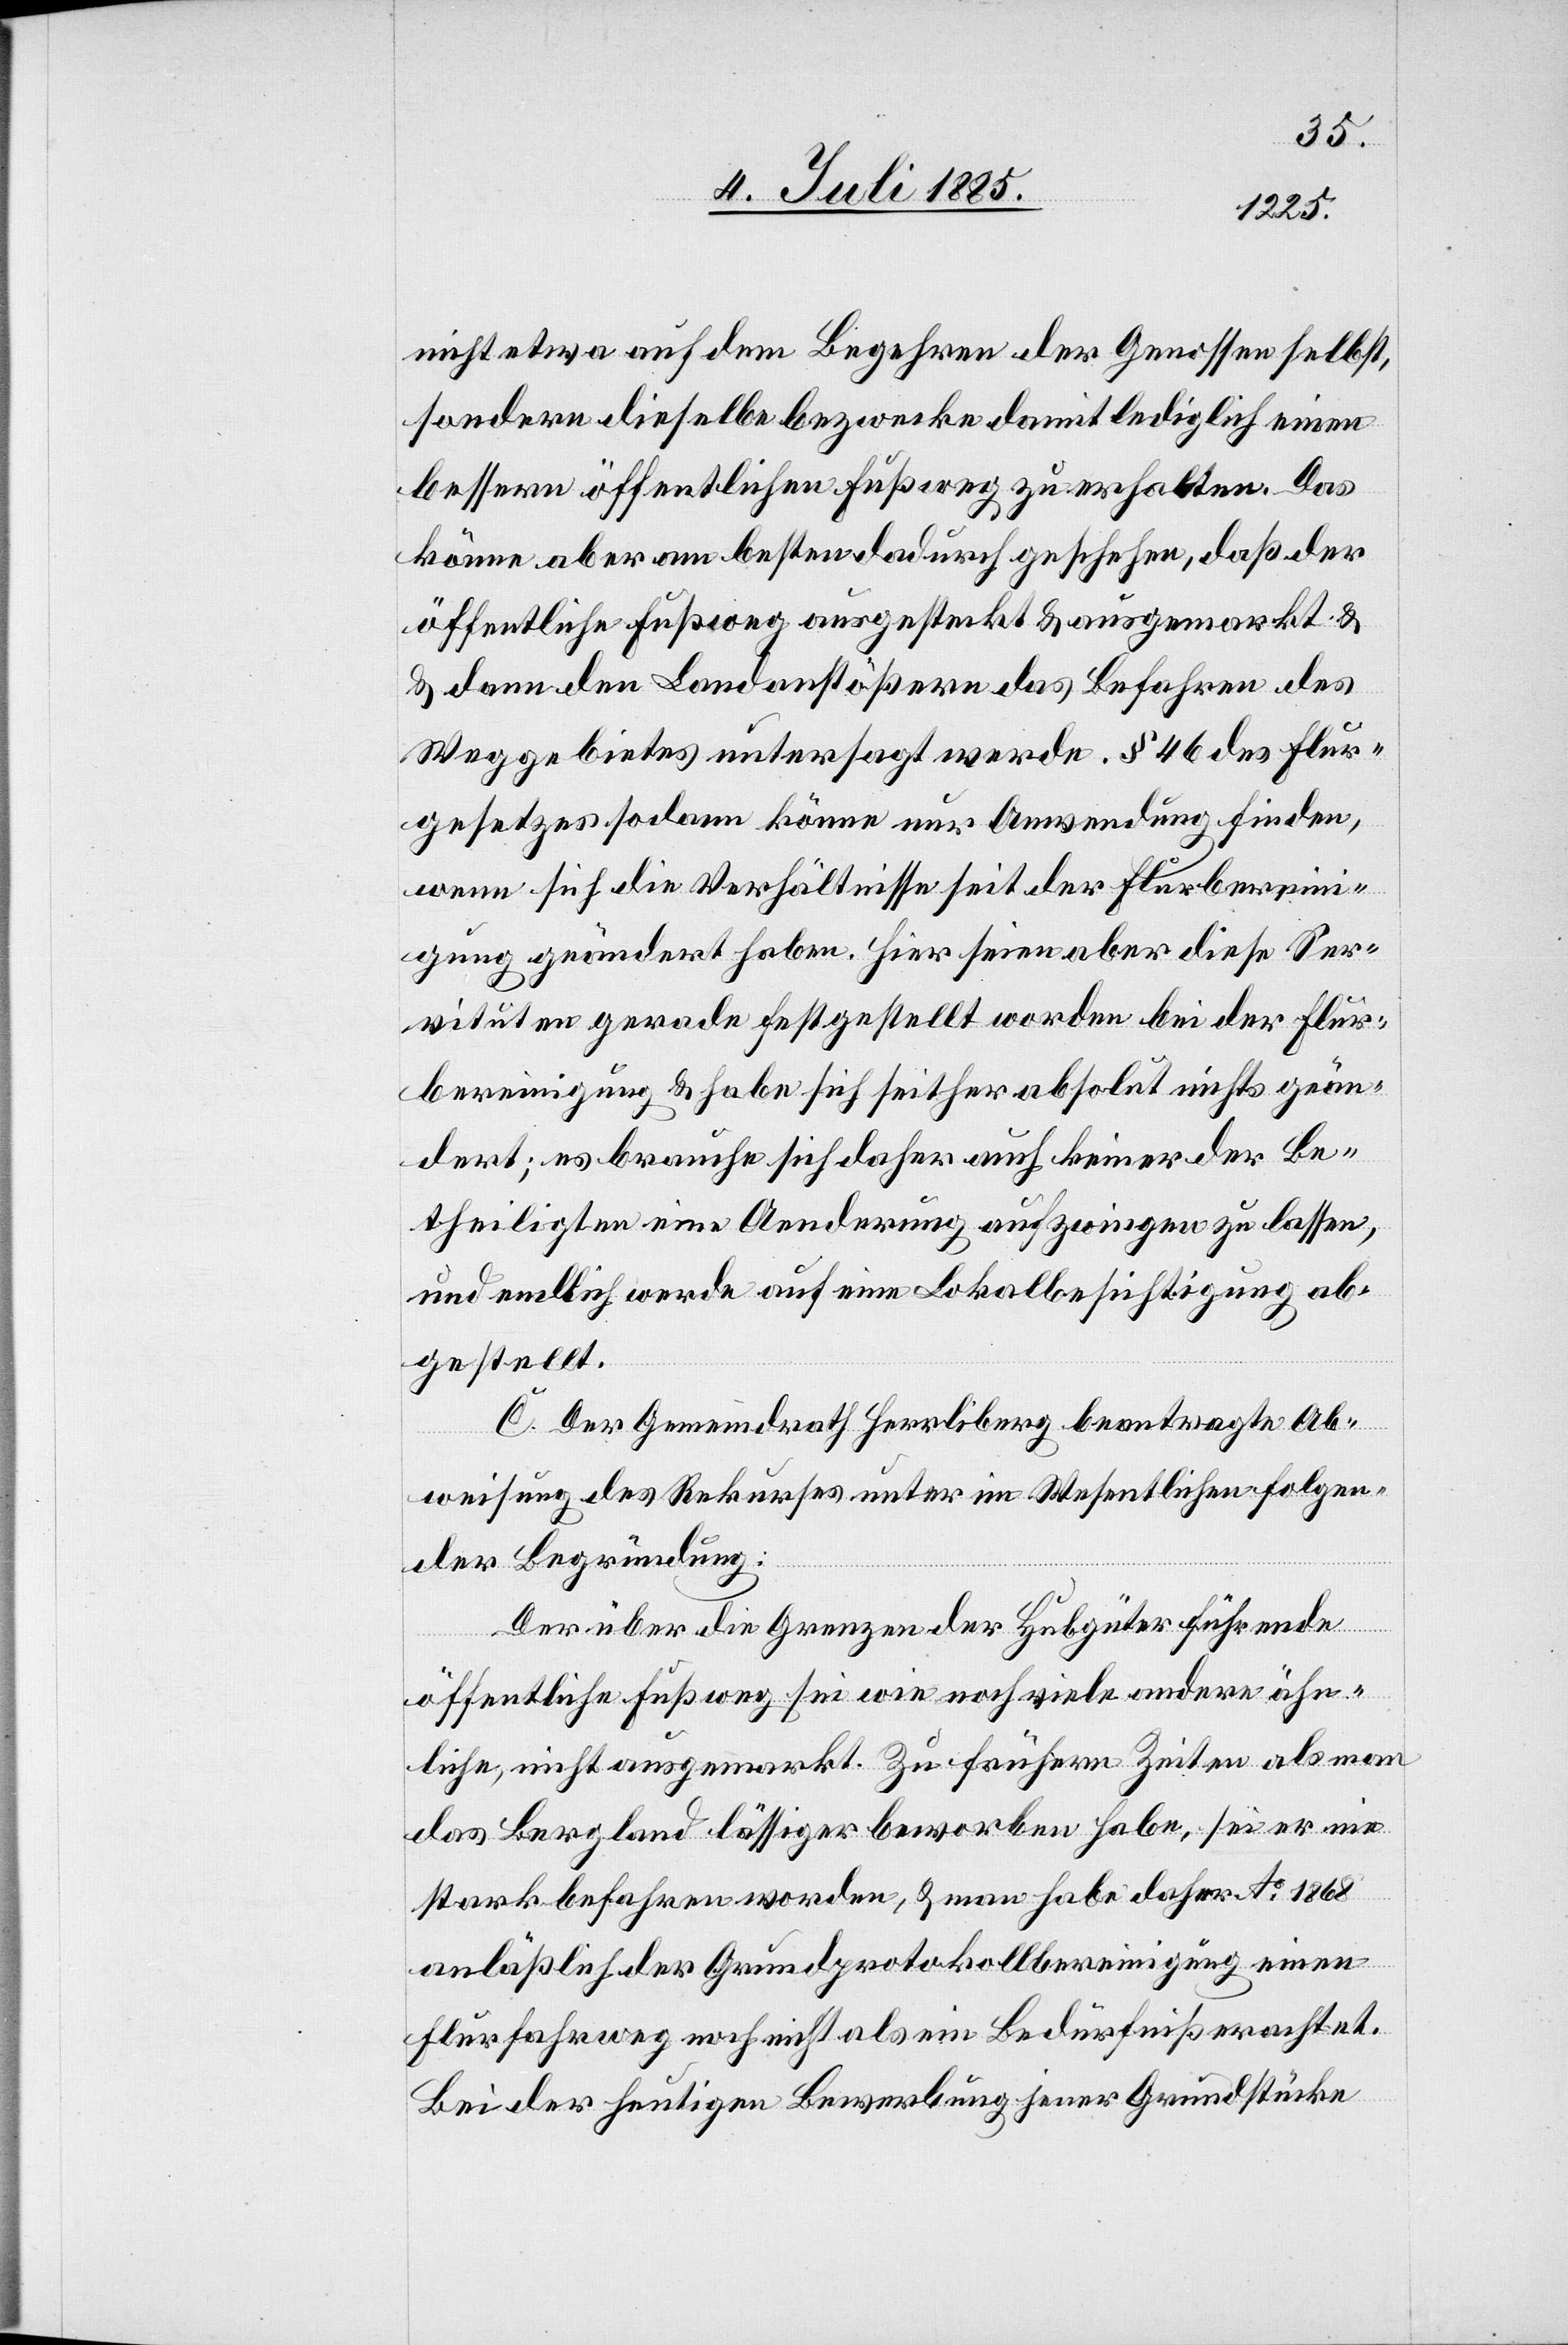
nicht etwa auf dem Begehren der Genossen selbst,
sondern dieselbe bezwecke damit lediglich einen
bessern öffentlichen Fußweg zu erhalten. Das
könne aber am besten dadurch geschehen, daß der
öffentliche Fußweg ausgesteckt & ausgemarkt
& dann den Landanstößern das Befahren des
Weggebietes untersagt werde. § 46 des Flur¬
gesetzes sodann könne nur Anwendung finden,
wenn sich die Verhältnisse seit der Flurberein¬
igung geändert haben. Hier seien aber diese Ser¬
vituten gerade festgestellt worden bei der Flur¬
bereinigung & habe sich seither absolut nichts geän¬
dert; es brauche sich daher auch keiner der Be¬
theiligten eine Aenderung aufzwingen zu lassen
und endlich werde auf eine Lokalbesichtigung ab¬
gestellt.
C. Der Gemeindrath Herrliberg beantragte Ab¬
weisung des Rekurses unter im Wesentlichen folgen¬
der Begründung:
Der über die Grenzen der Hubgüter führende
öffentliche Fußweg sei wie noch viele andere ähn¬
liche, nicht ausgemarkt. Zu frühern Zeiten als man
das Bergland lässiger beworben habe, sei er nie
stark befahren worden, & man habe daher No 1868
anläßlich der Grundprotokollvereinigung einen
Flurfahrweg noch nicht als ein Bedürfniß erachtet.
Bei der heutigen Bewerbung jener Grundstücke